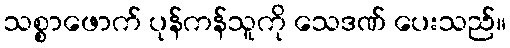
သစ္စာဖောက် ပုန်ကန်သူကို သေဒဏ် ပေးသည်။